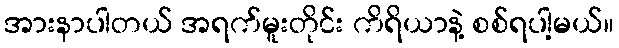
အားနာပါတယ် အရက်မူးတိုင်း ကိရိယာနဲ့ စစ်ရပါ့မယ်။